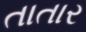
તાતાર